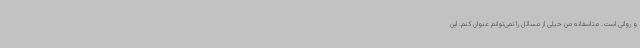
و روانی است. متاسفانه من خیلی از مسائل را نمی‌توانم عنوان کنم. این